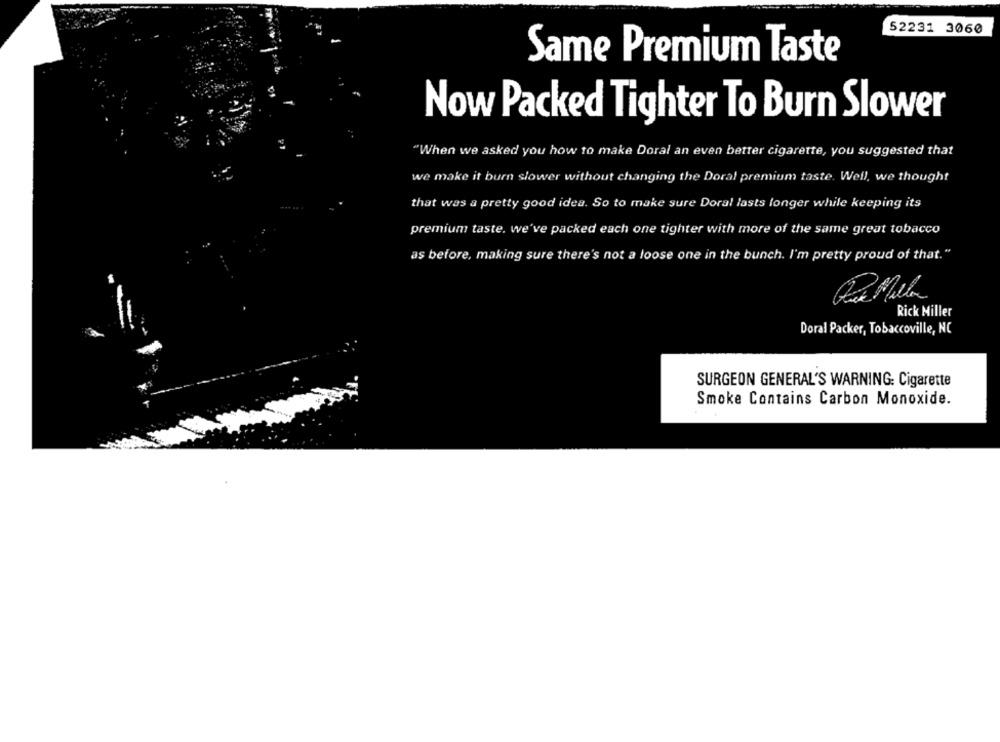
52231 3060
Same Premium Taste
Now Packed Tighter To Burn Slower
"When we asked you how to make Doral an even better cigarette, you suggested that
we make it burn slower without changing the Doral premium taste. Well, we thought
that was a pretty good idea. So to make sure Doral lasts longer while keeping its
premium taste. we've packed each one tighter with more of the same great tobacco
as before, making sure there's not a loose one in the bunch. I'm pretty proud of that."
Rick Hiller
Doral Packer, Tobaccoville, NC
SURGEON GENERAL'S WARNING: Cigarette
Smoke Contains Carbon Monoxide.